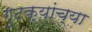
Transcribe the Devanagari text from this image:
गुटक्यांच्या